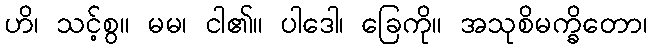
ဟိ၊ သင့်စွ။ မမ၊ ငါ၏။ ပါဒေါ၊ ခြေကို။ အသုစိမက္ခိတော၊